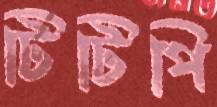
টিটিপি